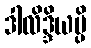
ဒါလိဒ္ဒိယမ္ပိ